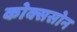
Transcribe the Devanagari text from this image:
कोक्ससोन